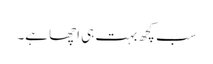
سب کچھ بہت ہی اچھا ہے۔